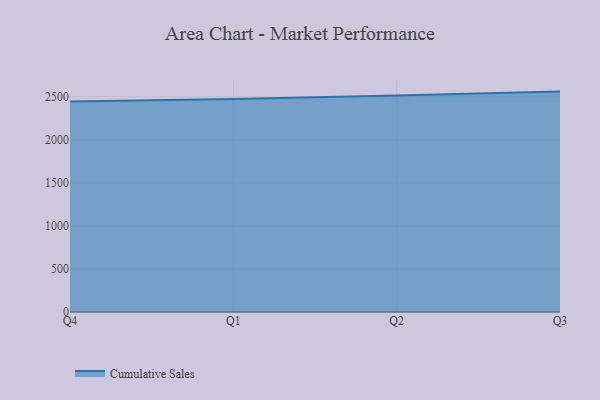
{"axis": {"x": "Quarter", "y": "Budget (USD K)"}, "legend": ["Cumulative Sales"], "data": [{"x": "Q4", "y": 2446.4, "type": "Cumulative Sales"}, {"x": "Q1", "y": 2474.9, "type": "Cumulative Sales"}, {"x": "Q2", "y": 2514.2, "type": "Cumulative Sales"}, {"x": "Q3", "y": 2560.3, "type": "Cumulative Sales"}]}